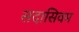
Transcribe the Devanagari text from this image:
सदासिवम